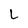
Character: L